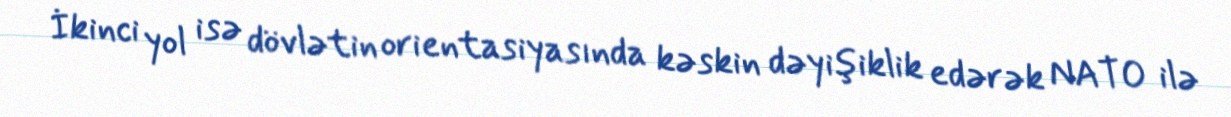
İkinci yol isə dövlətin orientasiyasında kəskin dəyişiklik edərək NATO ilə